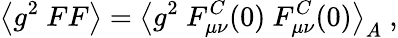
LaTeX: \big<g^{2}~FF\big>=\big<g^{2}~F_{\mu\nu}^{C}(0)\ F_{\mu\nu}^{C}(0)\big>_{A}~,